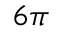
6 \pi